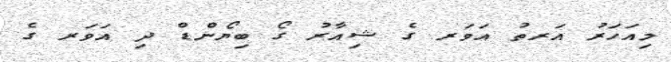
މިއަހަރު އަރތު އަވަރ ގެ ޝިއާރު ގޯ ބިޔޯންޑް ދި އަވަރ ގެ